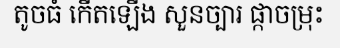
តូចធំ កើតឡើង សួនច្បារ ផ្កាចម្រុះ